Annual administration and progress report of the Indian Medical Department, Bombay
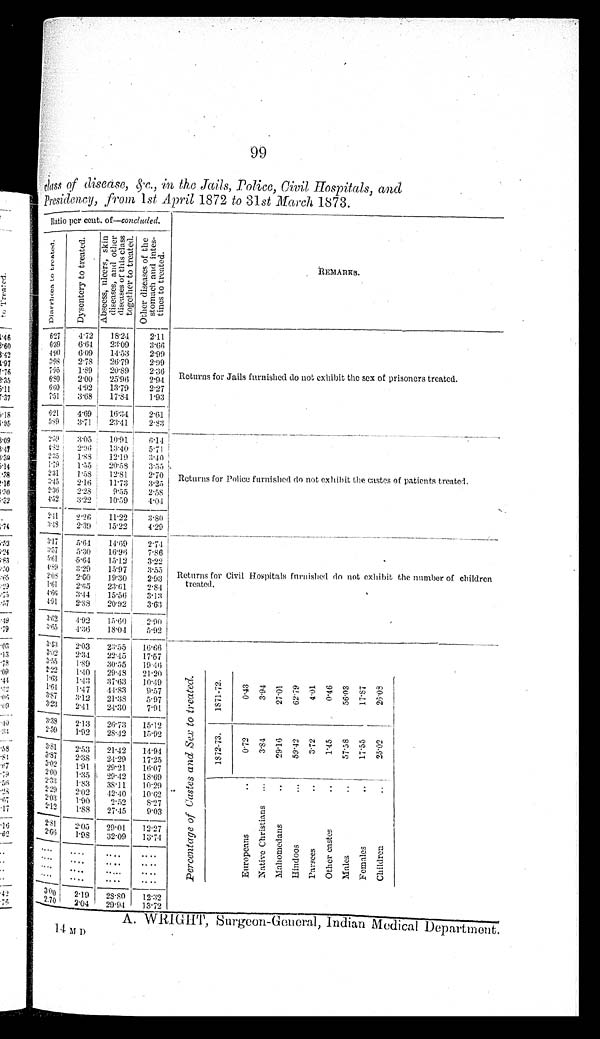
99
Class of disease, &c.,in the Jails, Police, Civil Hospitals, and
Presidency, from 1st April 1872 to 31 st March, 1873.
Ratio per cent. of—concluded.
REMARKS.
D i a r r h œ a t o t r e a t e d . D y s e n t e r y t o t r e a t e d . A b s c e s s , u l c e r s , s k i n d i s e a s e s , a n d o t h e r d i s e a s e s o f t h i s c l a s s t o g e t h e r t o t r e a t e d . O t h e r d i s e a s e s o f t h e s t o m a c h a n d i n t e s t i n e s t o t r e a t e d .
6.27 4.72
1 8 . 2 4
2 . 1 1
Returns for Jails furnished do not exhibit the sex of prisoners treated.
6 . 3 9 6.64 23.09 3.66
4.90 6.09 14.53 2.99
3 . 9 8
2 . 7 8 26.79 2.99
7.95 1.89 20.89 2.36
6.80 2.00 25.96 2.94
6.60 4.92 13.79 2.27
7. 51 3.68 17.84 1.93
6. 21 4.69 16.34 2.61
5 . 8 9 3.71 23.41 2.83
2 . 5 9 3.05 10.91
6 . 1 4
Returns for Police furnished do not exhibit the castes of patients treated.
4 . 8 2
2 . 9 6
1 3 . 4 0
5 . 7 1
2 . 3 5
1 . 8 8 12.19 3.40
1 . 7 9
1 . 5 5 20.58 3.55
2 . 3 1 1.58 12.81 2.70
3 . 4 5 2.16 11.73 3.25
2.36 2.28 9 . 5 5
2.58
4.52 3.22 10.59 4.04
2.41
2 . 2 6 11.22 3.80
3 . 4 8 2.39 15.22 4.29
3 . 1 7
5 . 6 4 14.69 2.74
Returns for Civil hospitals furnished do not exhibit the number of children
t r e a t e d .
3 . 5 7 5.30 16.96 7.86
5 . 6 1
5 . 6 4 15.12 3.22
4.89 3.29 15.97 3.55
2.08
2 . 6 0
1 9 . 3 0
2 . 9 3
1.61 2.65 23.61 2.84
4.66 3.44 15.56 3.13
4.91 2.88 20.92 3.63
3 . 6 2
4 . 9 2
1 5 . 6 0
2 . 9 0
3 . 6 5 4.36 18.04 5.92
3 . 4 3 2.03 23.55 16.66
3 . 0 2 2.34 22.45 17.57
3 . 5 5 1.89 30.55 19.46
2.22
1 . 4 0 29.48 21.20
Percentage of Castes and Sex to treated.
1.63 1.43 37.63 10.49
1 . 6 4 1.47 44.83 9.57
3.87 3.12 21.38 5.97
1872-73 1871-72
3 . 2 3 2.41 24.30 7.91
3 . 3 8 2.13 26.73 15.12
E u r o p e a n s . .
0.72
0.43
2 . 5 9 1.92 28.42 15.92
Native Christians
... 3.84
3.94
3.81 2.53 21.42
1 4 . 9 4
3 . 8 7 2.38 24.29 17.25
M a h o m e d a n s . .
29.16
27.01
3.02 1.91 29.21 16.07
2 . 0 0 1.35 29.42 18.69
Hindoos
...
59.42
62.79
2. 33 1.83 38.11 10.29
2 . 2 9 2.02
4 2 . 4 0
1 0 . 6 2
P a r s e e s . .
3.72
4.01
2. 03 1.90
2 . 5 2
8 . 2 7
2 . 1 2 1.88 27.45 9.03
O t h e r C a s t e s . .
1.45
0.46
2 . 8 1 2.05 29.01
1 2 . 2 7
2 . 6 6
1 . 9 8 32.09
1 3 . 7 4
Males ..
57.58
56.03
. . . .
. . . .
. . . .
. . . .
F e m a l e s . .
17.55
17.87
. . . .
. . . .
. . . .
. . . .
. . . .
. . . .
. . . .
. . . .
Children
.. 25.02
26.08
. . . .
. . . .
. . . .
. . . .
3 . 0 0 2.19
2 8 . 8 0
1 2 . 3 2
2 . 7 0 2 . 0 4
2 9 . 9 4
1 3 . 7 2
A. WR
IGHT, Surgeon-General, Indian Medical Department.
14MD